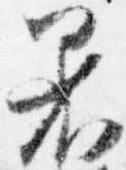
着